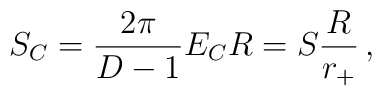
S_C = \frac{2\pi}{D-1}E_CR = S\frac{R}{r_+}\,,